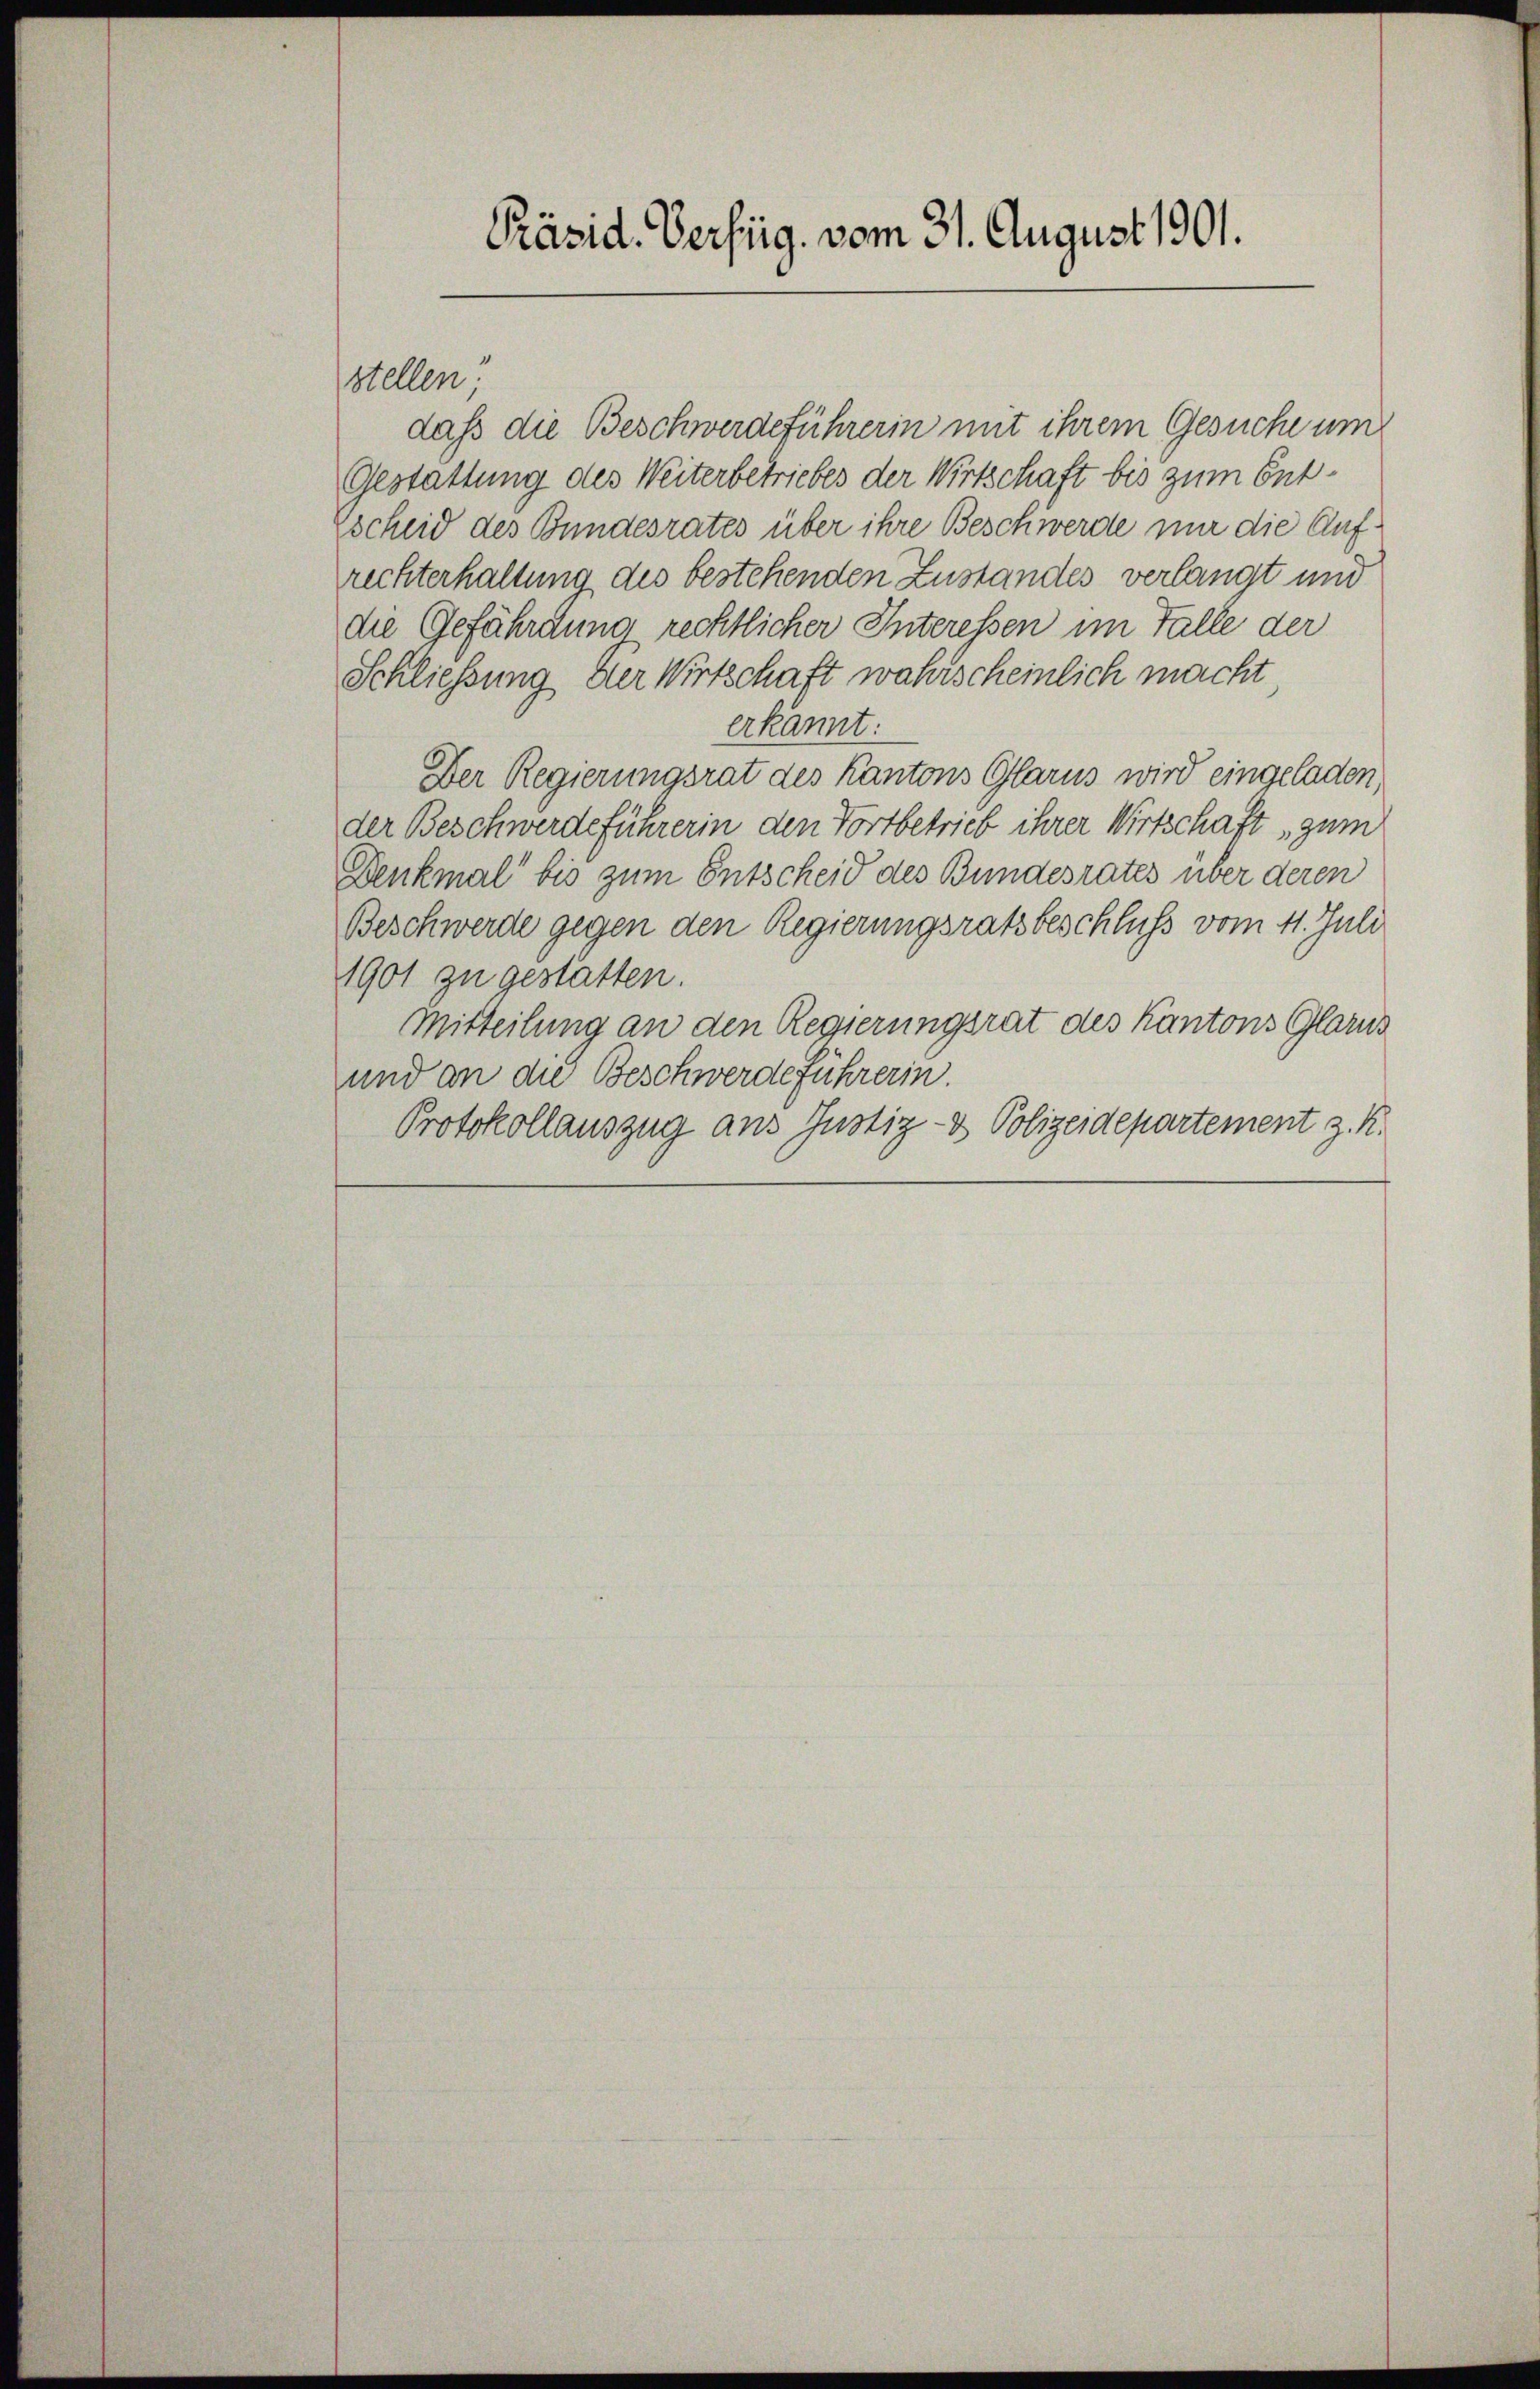
stellen“

Präsid. Verfüg. vom 31. August 1901.

daß die Beschwerdeführerin mit ihrem Gesuche um
Gestattung des Weiterbetriebes der Wirtschaft bis zum Entscheid des Bundesrates über ihre Beschwerde nur die Aufrechterhaltung des bestehenden Zustandes verlangt und
die Gefährdung rechtlicher Interessen im Falle der
Schliessung der Wirtschaft wahrscheinlich macht
erkannt:
Der Regierungsrat des Kantons Glarus wird eingeladen,
der Beschwerdeführerin den Vortbetrieb ihrer Wirtschaft, zum
Denkmal bis zum Entscheid des Bundesrates über deren
Beschwerde gegen den Regierungsratsbeschluss vom 11. Juli
1901 zu gestatten.
Mitteilung an den Regierungsrat des Kantons Glarus
und an die Beschwerdeführerin.
Protokollauszug aus Justiz- & Polizeidepartement z. K.